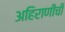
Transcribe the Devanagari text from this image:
अहिराणीची